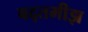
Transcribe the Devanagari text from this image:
बद्तमीझ